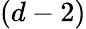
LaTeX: (d-2)